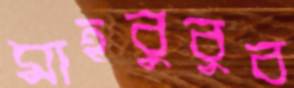
মাহবুবুব